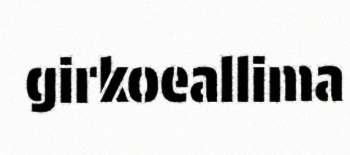
girkoeallima